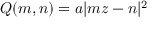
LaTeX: Q ( m , n ) = a | m z - n | ^ { 2 }